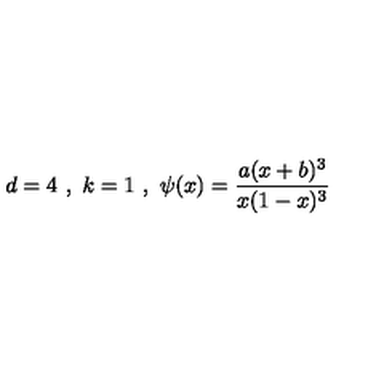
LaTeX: d = 4 \ , \ k = 1 \ , \ \psi ( x ) = \frac { a ( x + b ) ^ { 3 } } { x ( 1 - x ) ^ { 3 } } \,